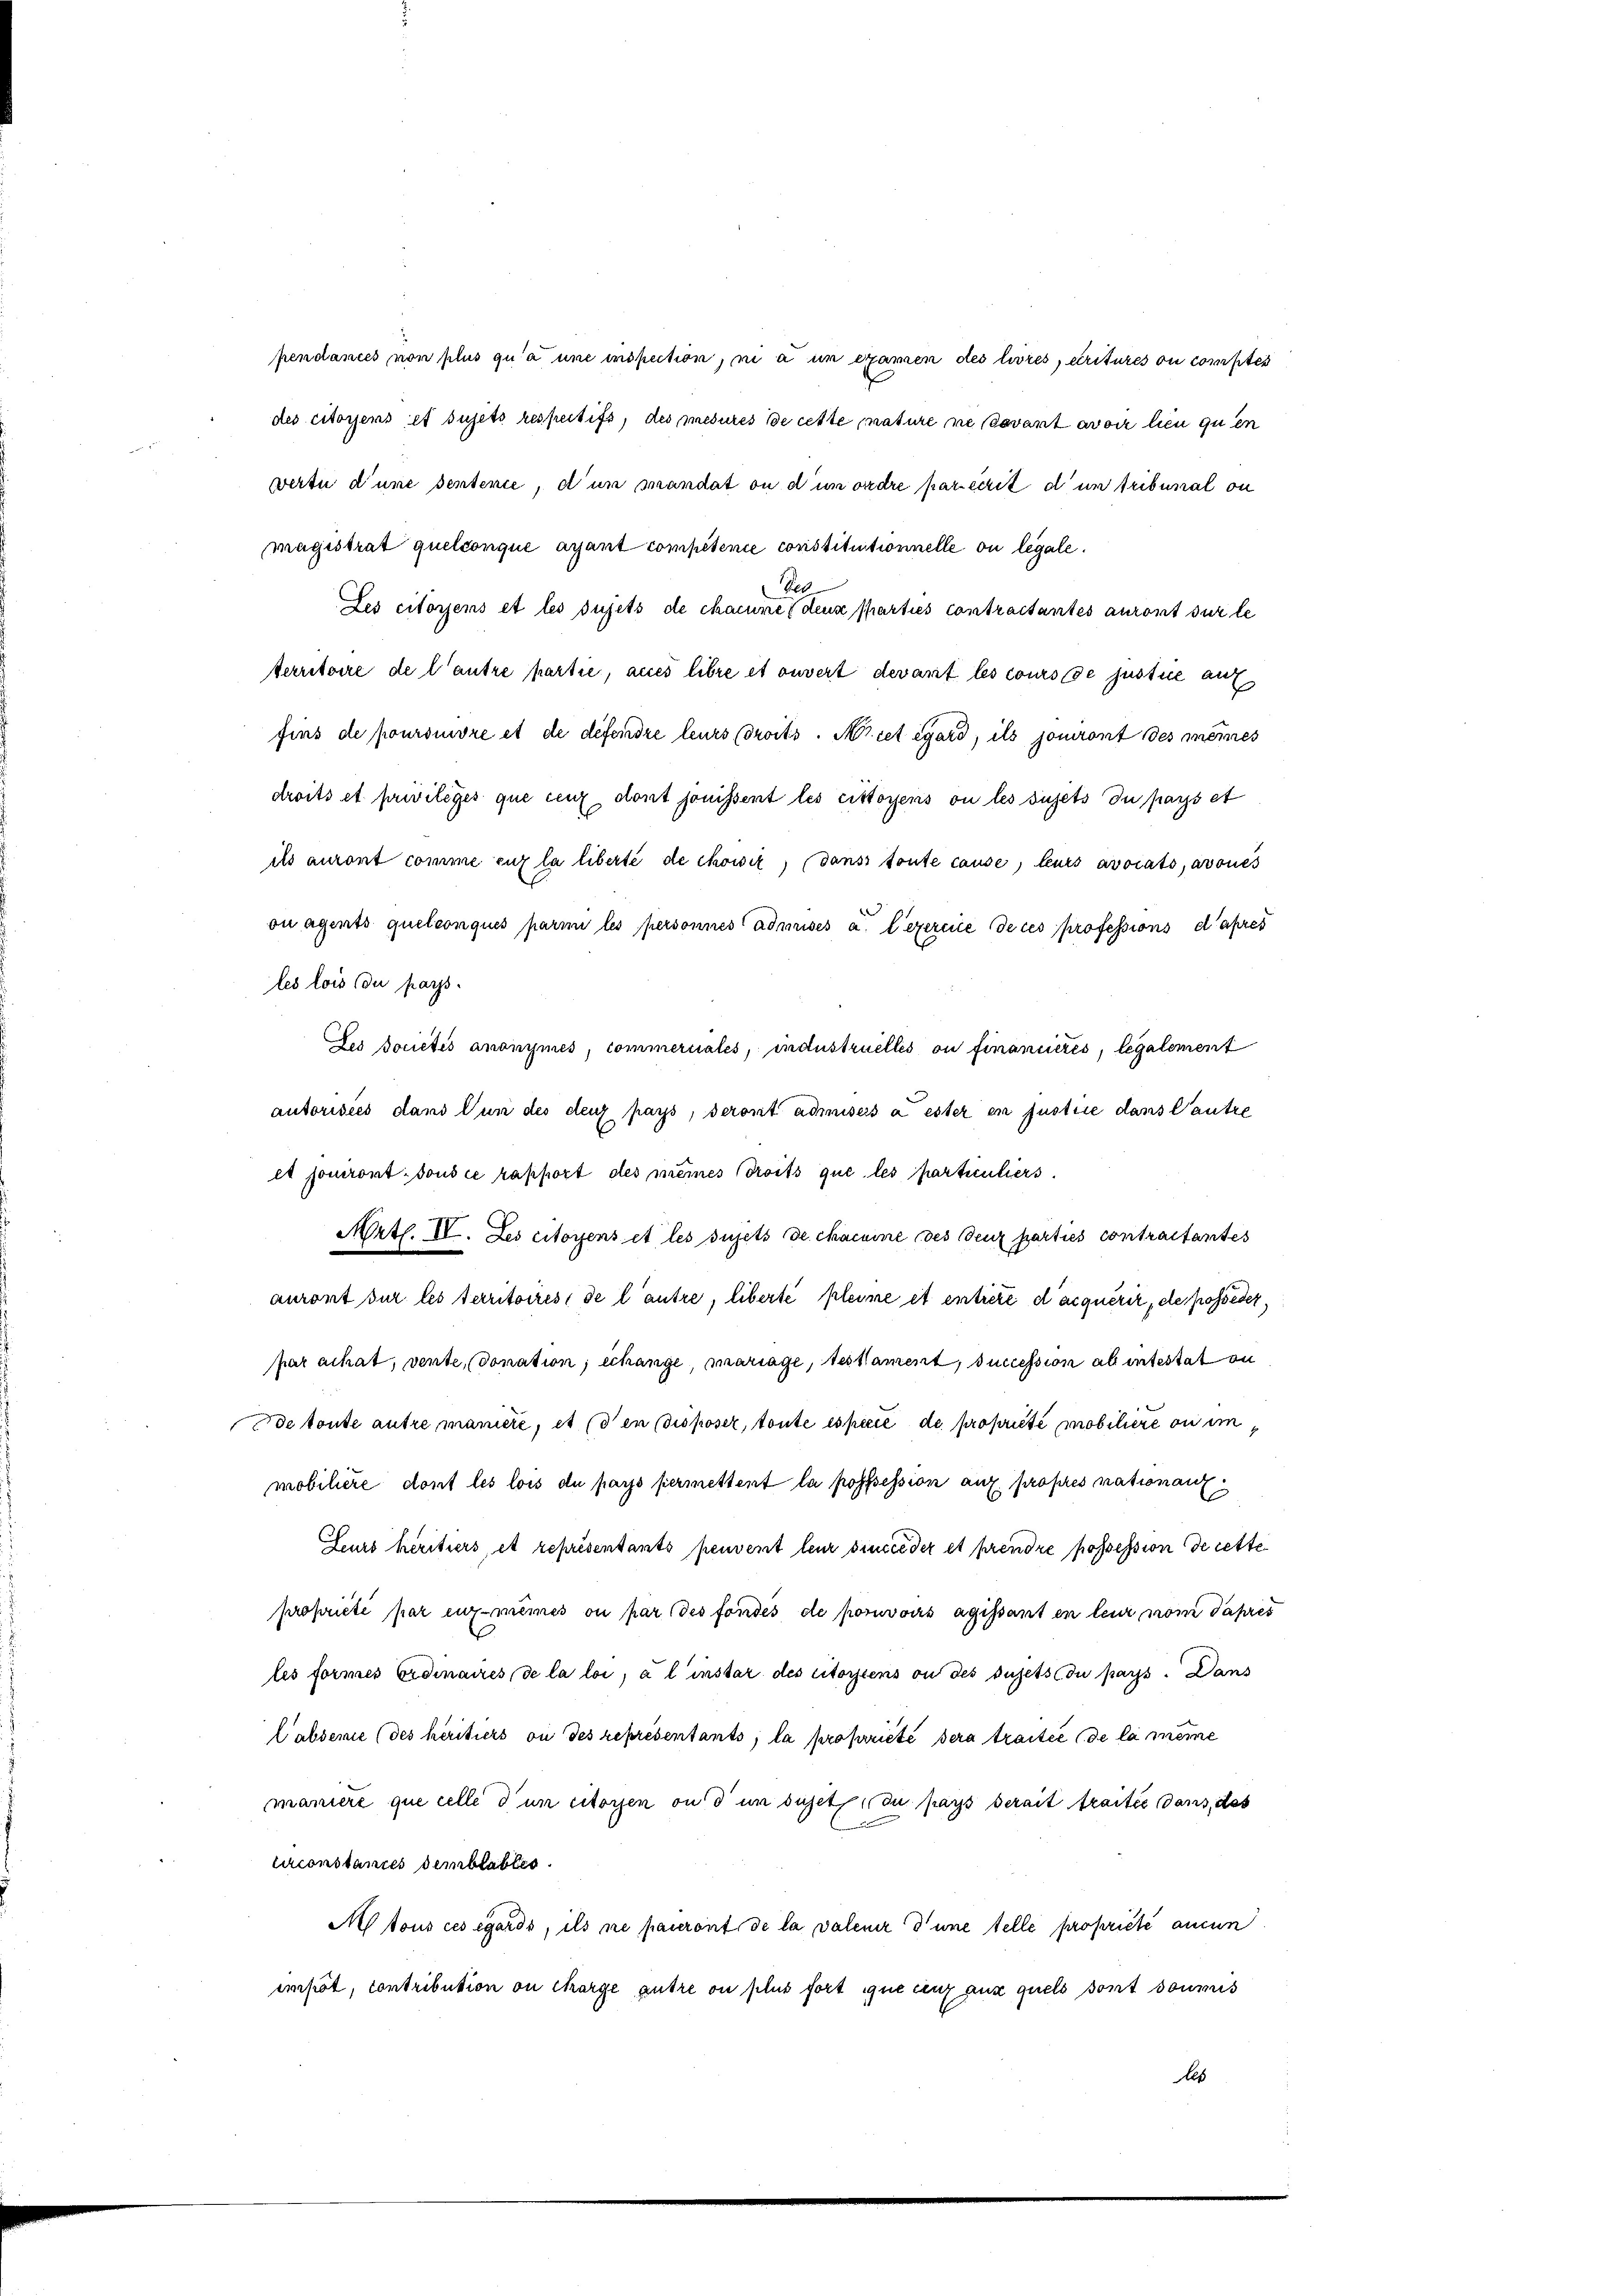
pendances non plus qu’à une inspection, ni a in examen des livres, diritures ou comptes
des citoyens et sujets respectifs, des mesures de cette nature ne savant avoir lieu quen
wertu d’une denterie, d’un mandat ou d’un ordre par écrit d un tribunal ou
magistrat quelconque arant compétence constitutionnelle ou legale.
Bel
Les citorens et les sujets de chacune denn sparties contractantes auront sur le
territoire de l’autre partie, auch libre et ouvert devant les cours de justie auf
fins de poursuivre et de défendre leurs droits. A cet égard, ils jouiront des meines
ils auront comme eiz la liberté de chowiz, dans toute cause, leurs avocats, avoues
on agents quelconqués parmi les personnes admises a. l’exercice de ces professions d’apres
les lois du pays.
Jes docictis anonymes, commerciales, industruelles ou financieres, legalement
autorisées dans Tun des den pays, seront admiseis a ester en justice dans Cantze
et jouiront sous ce rapport des meines Breits que les partientiers.
Artl. IV. Les citoyens et les sujets de chacune des Benz parties contractantes
auront sur les territoires, de l’autre, liberte pleine et entiere d’acquérir, de posseder,
par achat, vente, donation, échange, mariage, des Nament, succession ab intestat an
de toute autre manière, et (den disposer, toute especie de propriété mobilire ou im
mobilière dont les lois du pays permettent la posssession auf. propres nationanz
Zeurs héritiers, et représentants peuvent leur dinie der et prendre possession de cette
propriété par enz-meines ou par des fondés de pouvoirs agissant en leur vom Papres
les formes Erdinaires, de la loi, à l’instar des citoyens ou des sujets du pass. Dans
Cabdemie (des héritiers ou des représentants; la propriété sera traitée de la meine
maniere que celle d un citoyen ou d’un sujet du pays derait traitée dans, das
Exconstances demblables.
M tous ces égards, ils ne pauront de la valeur d’une stelle propriété annun
impôt, contribution ou charge autre ou plus fort que cenz aus quels sont soumis
bes

droits et privilèges que ceux dont jouissent les citoyens ou les sujets du pays et